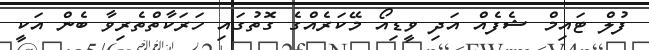
ފުލް ޓައިމް ޝެފެއް އަދި ވީޑިއޯ މޭކަރެއްގެ ގޮތުގައި ހަރަކާތްތެރިވާ ބެން އަކީ